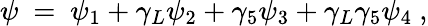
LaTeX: \psi\ =\ \psi_{1}+\gamma_{L}\psi_{2}+\gamma_{5}\psi_{3}+\gamma_{L}\gamma_{5}\psi_{4}\ ,